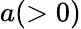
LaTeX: a(>0)